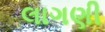
લાગણી